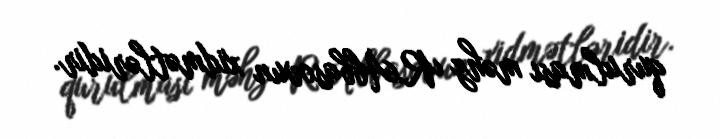
qurulması məhz R.Abbasovun xidmətləridir.